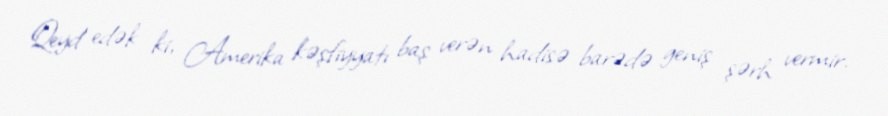
Qeyd edək ki, Amerika kəşfiyyatı baş verən hadisə barədə geniş şərh vermir.